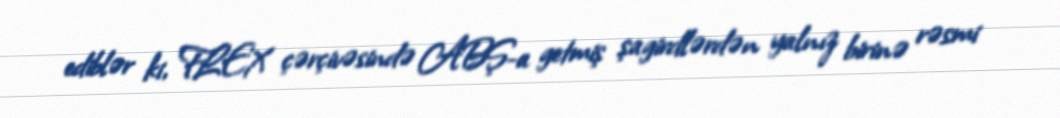
ediblər ki, FLEX çərçivəsində ABŞ-a getmiş şagirdlərdən yalnız birinə rəsmi